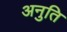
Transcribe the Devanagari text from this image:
अनुति